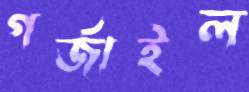
গর্জাইল